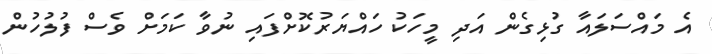
އެ މައްސަލައާ ގުޅިގެން އަދި މީހަކު ހައްޔަރުކޮށްފައި ނުވާ ކަމަށް ވެސް ފުލުހުން